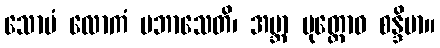
သောမံ လောကံ ပဘာသေတိ၊ အဗ္ဘာ မုတ္တောဝ စန္ဒိမာ။